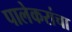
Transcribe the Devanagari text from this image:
पालेकरांचा